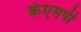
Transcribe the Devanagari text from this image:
केएमपी